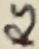
Text: RS